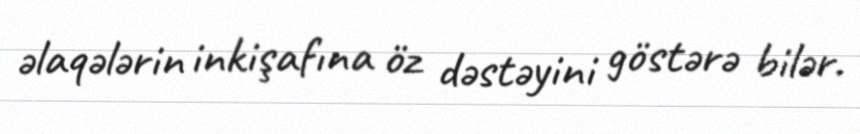
əlaqələrin inkişafına öz dəstəyini göstərə bilər.